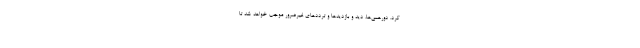
کرد. دورهمی‌ها، دید و بازدیدها و ترددهای غیرضرور موجب خواهد شد تا